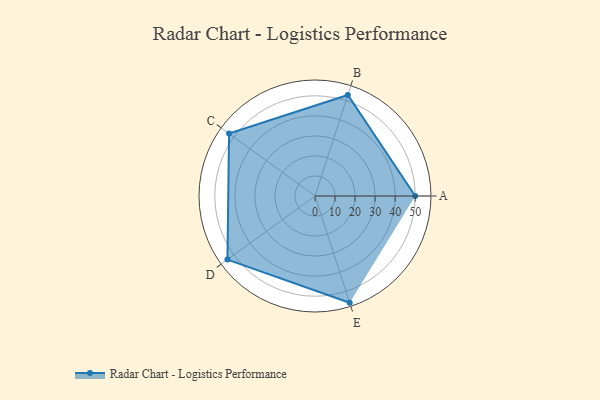
{"axis": {"x": "Skill", "y": "Score"}, "legend": ["Profile"], "data": [{"x": "A", "y": 50.0, "type": "Profile"}, {"x": "B", "y": 53.0, "type": "Profile"}, {"x": "C", "y": 53.0, "type": "Profile"}, {"x": "D", "y": 54.0, "type": "Profile"}, {"x": "E", "y": 56.0, "type": "Profile"}]}